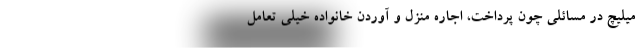
میلیچ در مسائلی چون پرداخت، اجاره منزل و آوردن خانواده خیلی تعامل